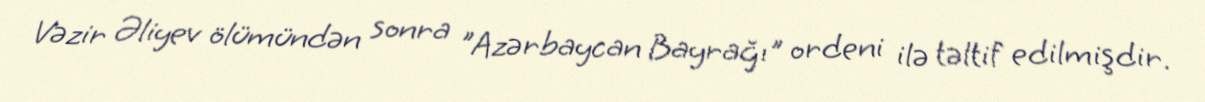
Vəzir Əliyev ölümündən sonra "Azərbaycan Bayrağı" ordeni ilə təltif edilmişdir.